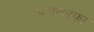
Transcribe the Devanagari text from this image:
पचतरफा